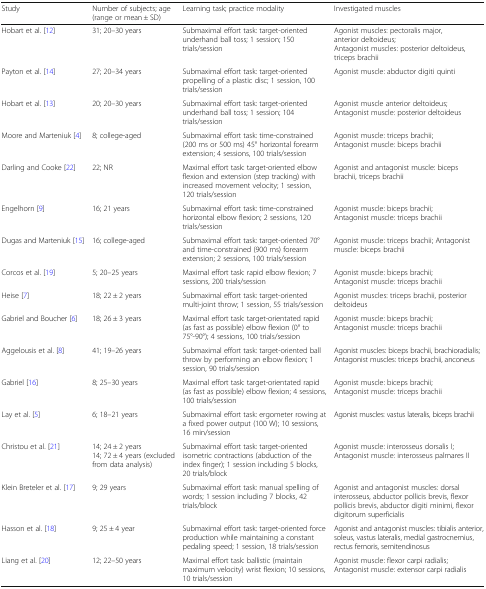
<table><thead><tr><td><b>Study</b></td><td><b>Number of subjects; age (range or mean ± SD)</b></td><td><b>Learning task; practice modality</b></td><td><b>Investigated muscles</b></td></tr></thead><tbody><tr><td>Hobart et al. [12]</td><td>31; 20–30 years</td><td>Submaximal effort task: target-oriented underhand ball toss; 1 session; 150 trials/session</td><td>Agonist muscles: pectoralis major, anterior deltoideus;Antagonist muscles: posterior deltoideus, triceps brachii</td></tr><tr><td>Payton et al. [14]</td><td>27; 20–34 years</td><td>Submaximal effort task: target-oriented propelling of a plastic disc; 1 session, 100 trials/session</td><td>Agonist muscle: abductor digiti quinti</td></tr><tr><td>Hobart et al. [13]</td><td>20; 20–30 years</td><td>Submaximal effort task: target-oriented underhand ball toss; 1 session; 104 trials/session</td><td>Agonist muscle anterior deltoideus;Antagonist muscle: posterior deltoideus</td></tr><tr><td>Moore and Marteniuk [4]</td><td>8; college-aged</td><td>Submaximal effort task: time-constrained (200 ms or 500 ms) 45° horizontal forearm extension; 4 sessions, 100 trials/session</td><td>Agonist muscle: triceps brachii;Antagonist muscle: biceps brachii</td></tr><tr><td>Darling and Cooke [22]</td><td>22; NR</td><td>Maximal effort task: target-oriented elbow flexion and extension (step tracking) with increased movement velocity; 1 session, 120 trials/session</td><td>Agonist and antagonist muscle: biceps brachii, triceps brachii</td></tr><tr><td>Engelhorn [9]</td><td>16; 21 years</td><td>Submaximal effort task: time-constrained horizontal elbow flexion; 2 sessions, 120 trials/session</td><td>Agonist muscle: biceps brachii;Antagonist muscle: triceps brachii</td></tr><tr><td>Dugas and Marteniuk [15]</td><td>16; college-aged</td><td>Submaximal effort task: target-oriented 70° and time-constrained (900 ms) forearm extension; 2 sessions, 100 trials/session</td><td>Agonist muscle: triceps brachii; Antagonist muscle: biceps brachii</td></tr><tr><td>Corcos et al. [19]</td><td>5; 20–25 years</td><td>Maximal effort task: rapid elbow flexion; 7 sessions, 200 trials/session</td><td>Agonist muscle: biceps brachii;Antagonist muscle: triceps brachii</td></tr><tr><td>Heise [7]</td><td>18; 22 ± 2 years</td><td>Submaximal effort task: target-oriented multi-joint throw; 1 session, 55 trials/session</td><td>Agonist muscles: triceps brachii, posterior deltoideus</td></tr><tr><td>Gabriel and Boucher [6]</td><td>18; 26 ± 3 years</td><td>Maximal effort task: target-orientated rapid (as fast as possible) elbow flexion (0° to 75°-90°); 4 sessions, 100 trials/session</td><td>Agonist muscle: biceps brachii;Antagonist muscle: triceps brachii</td></tr><tr><td>Aggelousis et al. [8]</td><td>41; 19–26 years</td><td>Submaximal effort task: target-oriented ball throw by performing an elbow flexion; 1 session, 90 trials/session</td><td>Agonist muscles: biceps brachii, brachioradialis;Antagonist muscles: triceps brachii, anconeus</td></tr><tr><td>Gabriel [16]</td><td>8; 25–30 years</td><td>Maximal effort task: target-orientated rapid (as fast as possible) elbow flexion; 4 sessions, 100 trials/session</td><td>Agonist muscle: biceps brachii;Antagonist muscle: triceps brachii</td></tr><tr><td>Lay et al. [5]</td><td>6; 18–21 years</td><td>Submaximal effort task: ergometer rowing at a fixed power output (100 W); 10 sessions, 16 min/session</td><td>Agonist muscles: vastus lateralis, biceps brachii</td></tr><tr><td>Christou et al. [21]</td><td>14; 24 ± 2 years14; 72 ± 4 years (excluded from data analysis)</td><td>Submaximal effort task: target-oriented isometric contractions (abduction of the index finger); 1 session including 5 blocks, 20 trials/block</td><td>Agonist muscle: interosseus dorsalis I;Antagonist muscle: interosseus palmares II</td></tr><tr><td>Klein Breteler et al. [17]</td><td>9; 29 years</td><td>Submaximal effort task: manual spelling of words; 1 session including 7 blocks, 42 trials/block</td><td>Agonist and antagonist muscles: dorsal interosseus, abductor pollicis brevis, flexor pollicis brevis, abductor digiti minimi, flexor digitorum superficialis</td></tr><tr><td>Hasson et al. [18]</td><td>9; 25 ± 4 year</td><td>Submaximal effort task: target-oriented force production while maintaining a constant pedaling speed; 1 session, 18 trials/session</td><td>Agonist and antagonist muscles: tibialis anterior, soleus, vastus lateralis, medial gastrocnemius, rectus femoris, semitendinosus</td></tr><tr><td>Liang et al. [20]</td><td>12; 22–50 years</td><td>Maximal effort task: ballistic (maintain maximum velocity) wrist flexion; 10 sessions, 10 trials/session</td><td>Agonist muscle: flexor carpi radialis;Antagonist muscle: extensor carpi radialis</td></tr></tbody></table>